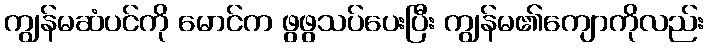
ကျွန်မဆံပင်ကို မောင်က ဖွဖွသပ်ပေးပြီး ကျွန်မ၏ကျောကိုလည်း